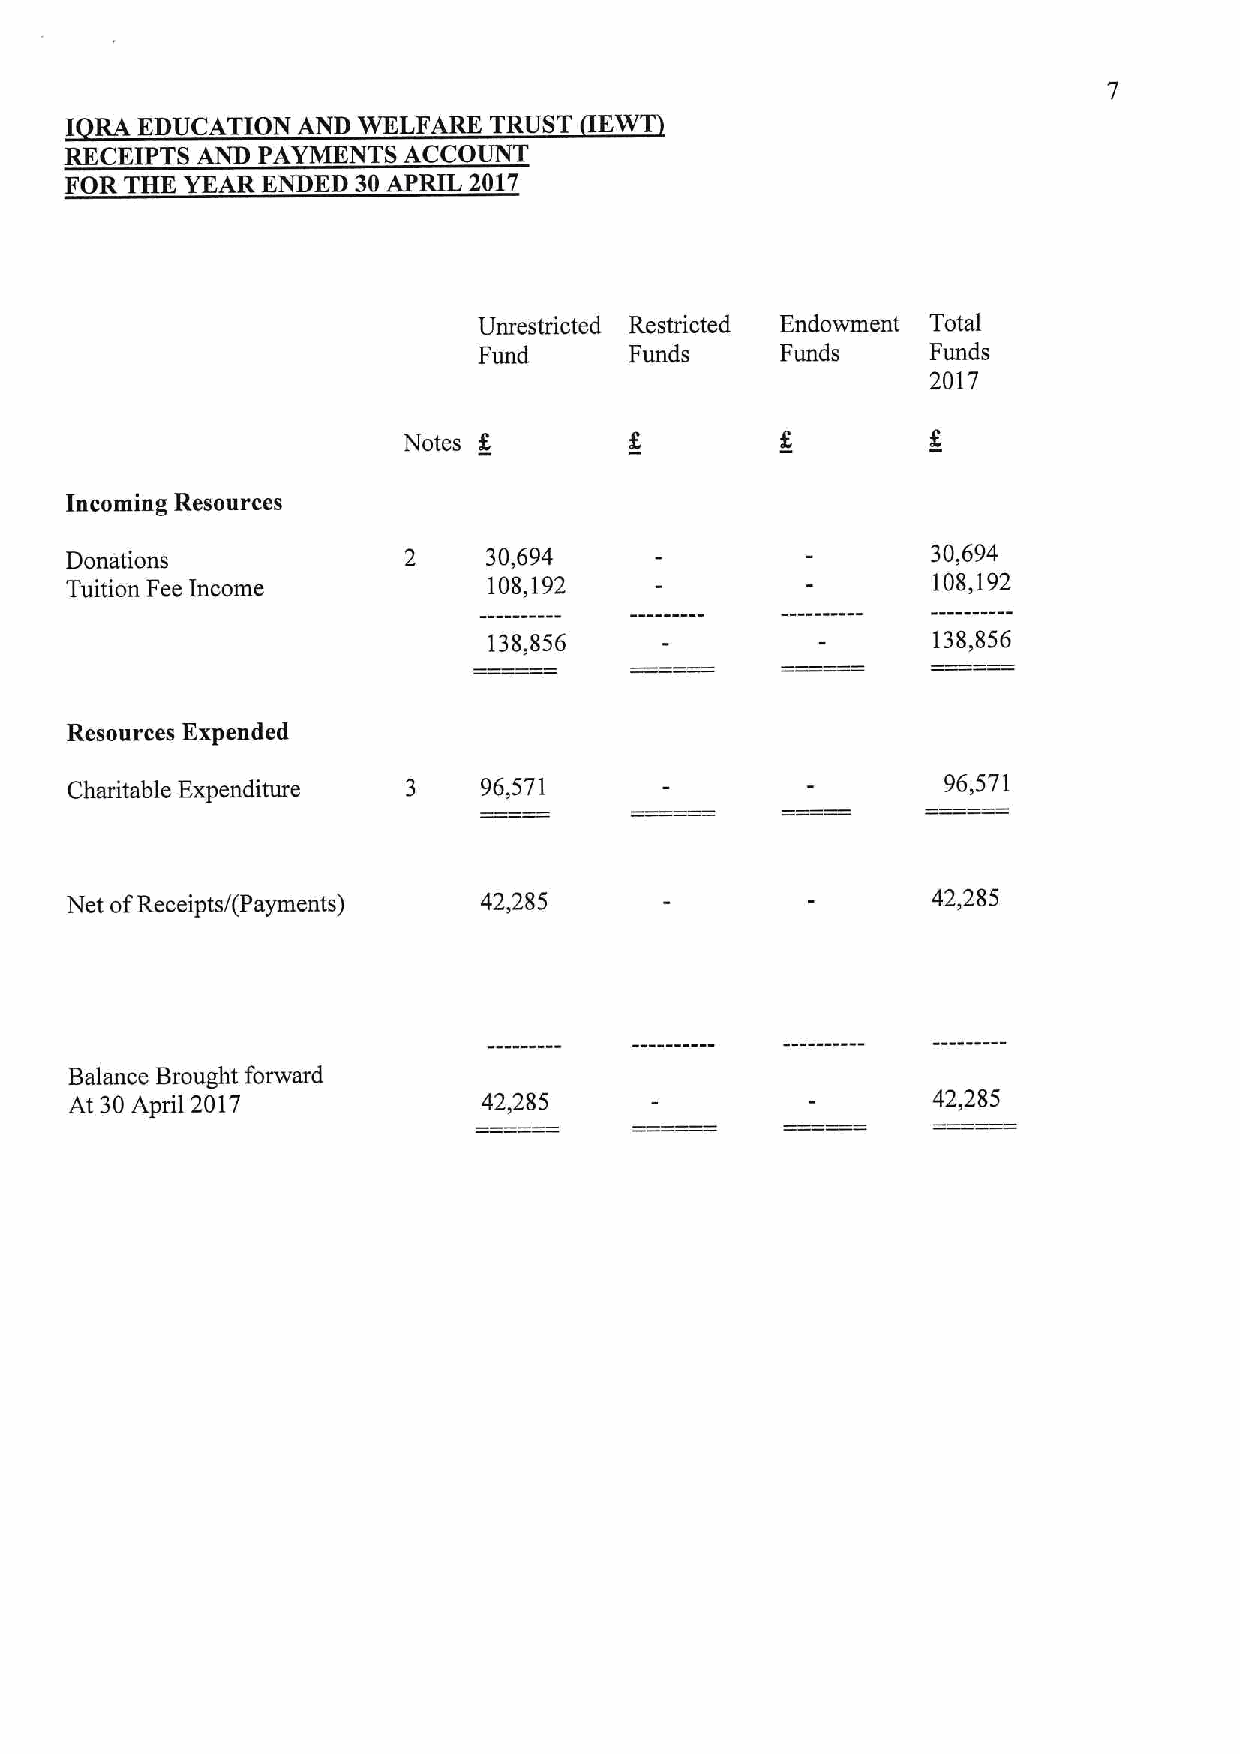
I RA EDUCATION  AND WELFARE TRUST   EWT
 RECEIPTS AND PAYMENTS  ACCOUNT
 FOR THE YEAR ENDED 30APRIL 2017
 Unrestricted Restricted Endowment Total
 Fund      Funds     Funds     Funds
 2017
 Notes K
 Incoming Resources
 Donations              2    30,694                        30,694
 Tuition Fee Income          108,192                       108,192
 138,856                       138,856
 Resources Expended
 Charitable Expenditure 3    96,571                         96,571
 Net ofReceipts/(Payments)   42,285                        42,285
 Balance Brought forward
 At 30ApD1 2017             42,285                        42,285